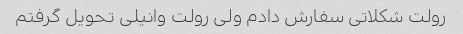
رولت شکلاتی سفارش دادم ولی رولت وانیلی تحویل گرفتم